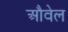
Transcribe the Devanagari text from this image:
औवेल